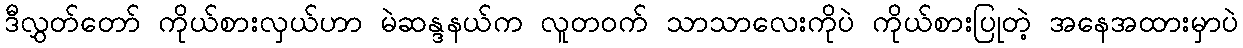
ဒီလွှတ်တော် ကိုယ်စားလှယ်ဟာ မဲဆန္ဒနယ်က လူတဝက် သာသာလေးကိုပဲ ကိုယ်စားပြုတဲ့ အနေအထားမှာပဲ